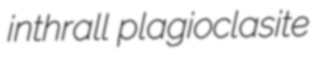
inthrall plagioclasite